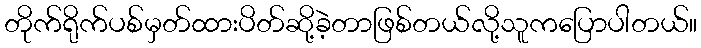
တိုက်ရိုက်ပစ်မှတ်ထားပိတ်ဆို့ခဲ့တာဖြစ်တယ်လို့သူကပြောပါတယ်။